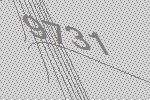
9731